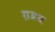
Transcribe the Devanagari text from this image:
ग़डद